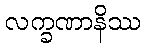
လက္ခဏာနိဿ